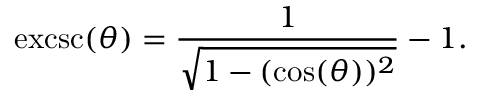
\operatorname { e x c s c } ( \theta ) = { \frac { 1 } { \sqrt { 1 - ( \cos ( \theta ) ) ^ { 2 } } } } - 1 .